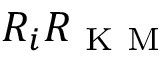
R _ { i } R _ { \mathrm { ~ K ~ M ~ } }